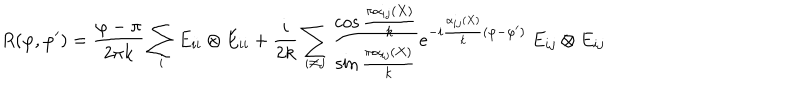
LaTeX: R ( \varphi , \varphi ^ { \prime } ) = \frac { \varphi - \pi } { 2 \pi k } \sum _ { i } E _ { i i } \otimes E _ { i i } + \frac { i } { 2 k } \sum _ { i \neq j } \frac { \cos { \frac { \pi \alpha _ { i j } ( X ) } { k } } } { \sin { \frac { \pi \alpha _ { i j } ( X ) } { k } } } e ^ { - i \frac { \alpha _ { i j } ( X ) } { k } ( \varphi - \varphi ^ { \prime } ) } ~ E _ { i j } \otimes E _ { i j }